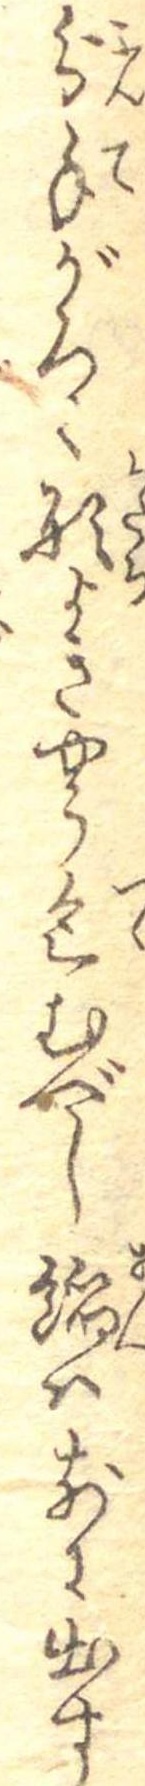
分手がるく形よきやう包むべし餡は前に出す